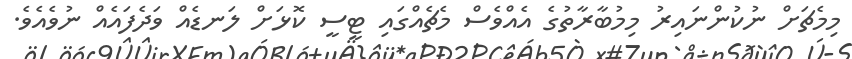
މިމެޗަށް ނުކުންނައިރު މިމުބާރާތުގެ އެއްވެސް މެޗެއްގައި ޓީސީ ކޮޅަށް ލަނޑެއް ވަދެފައެއް ނުވެއެވެ.